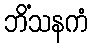
ဘိံသနကံ